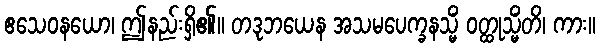
ဧသေဝနယော၊ ဤနည်းရှိ၏။ တဒုဘယေန အသမပေက္ခနသ္မိံ ဝတ္ထုသ္မိံတိ၊ ကား။